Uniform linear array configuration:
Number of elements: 12
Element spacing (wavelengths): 0.75
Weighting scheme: blackman
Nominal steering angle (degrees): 0
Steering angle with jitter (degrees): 1.865
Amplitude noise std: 0.05
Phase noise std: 0.05

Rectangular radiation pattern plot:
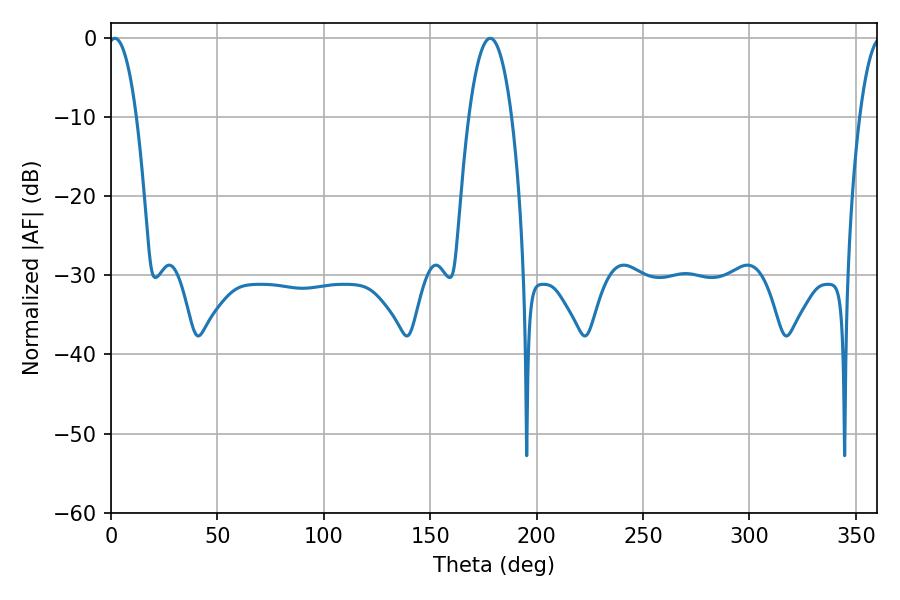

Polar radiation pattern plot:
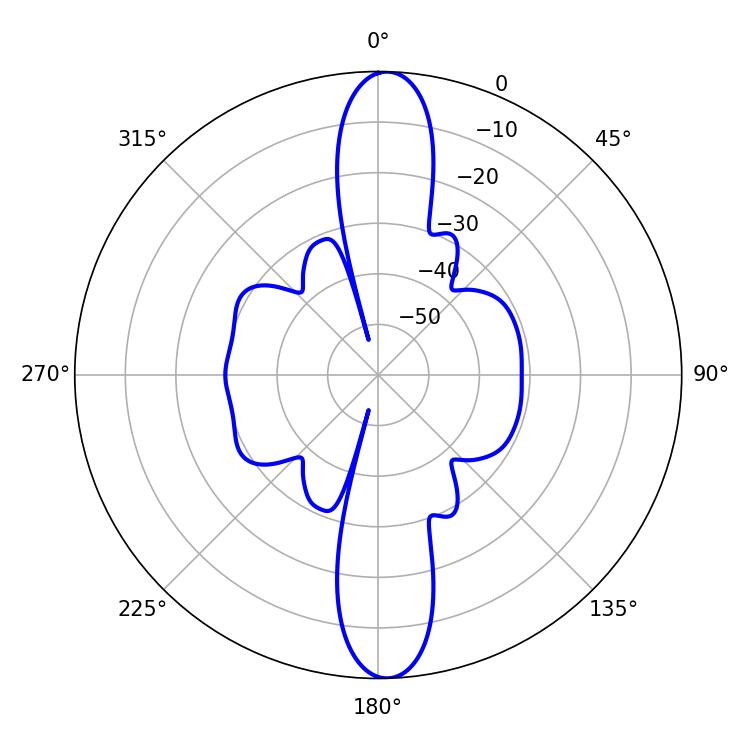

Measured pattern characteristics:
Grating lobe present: TRUE
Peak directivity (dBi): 21.892
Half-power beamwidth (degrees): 7.38
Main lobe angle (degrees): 1.8